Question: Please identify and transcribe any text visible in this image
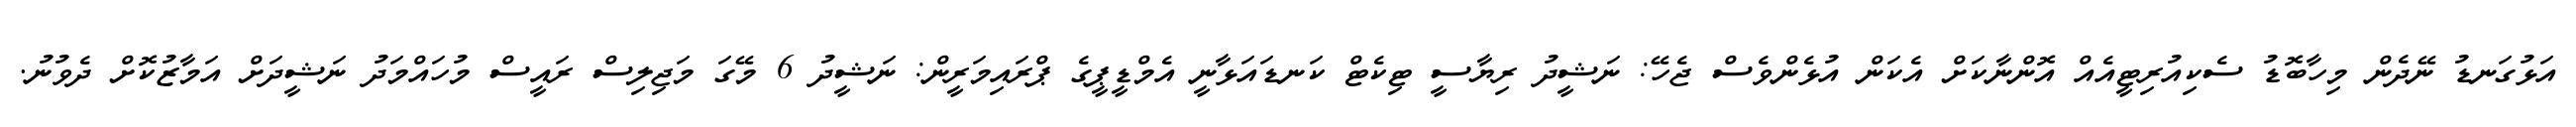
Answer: އަޅުގަނޑު ނޭދެން މިހާބޮޑު ސެކިއުރިޓީއެއް އޮންނާކަށް އެކަން އުޅެންވެސް ޖެހޭ: ނަޝީދު ރިޔާސީ ޓިކެޓް ކަނޑައަޅާނީ އެމްޑީޕީގެ ޕްރައިމަރީން: ނަޝީދު 6 މޭގަ މަޖިލިސް ރައީސް މުހައްމަދު ނަޝީދަށް އަމާޒުކޮށް ދެވުނު.